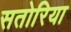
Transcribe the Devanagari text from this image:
सतोरिया